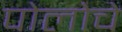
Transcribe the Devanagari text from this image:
पोलोचे